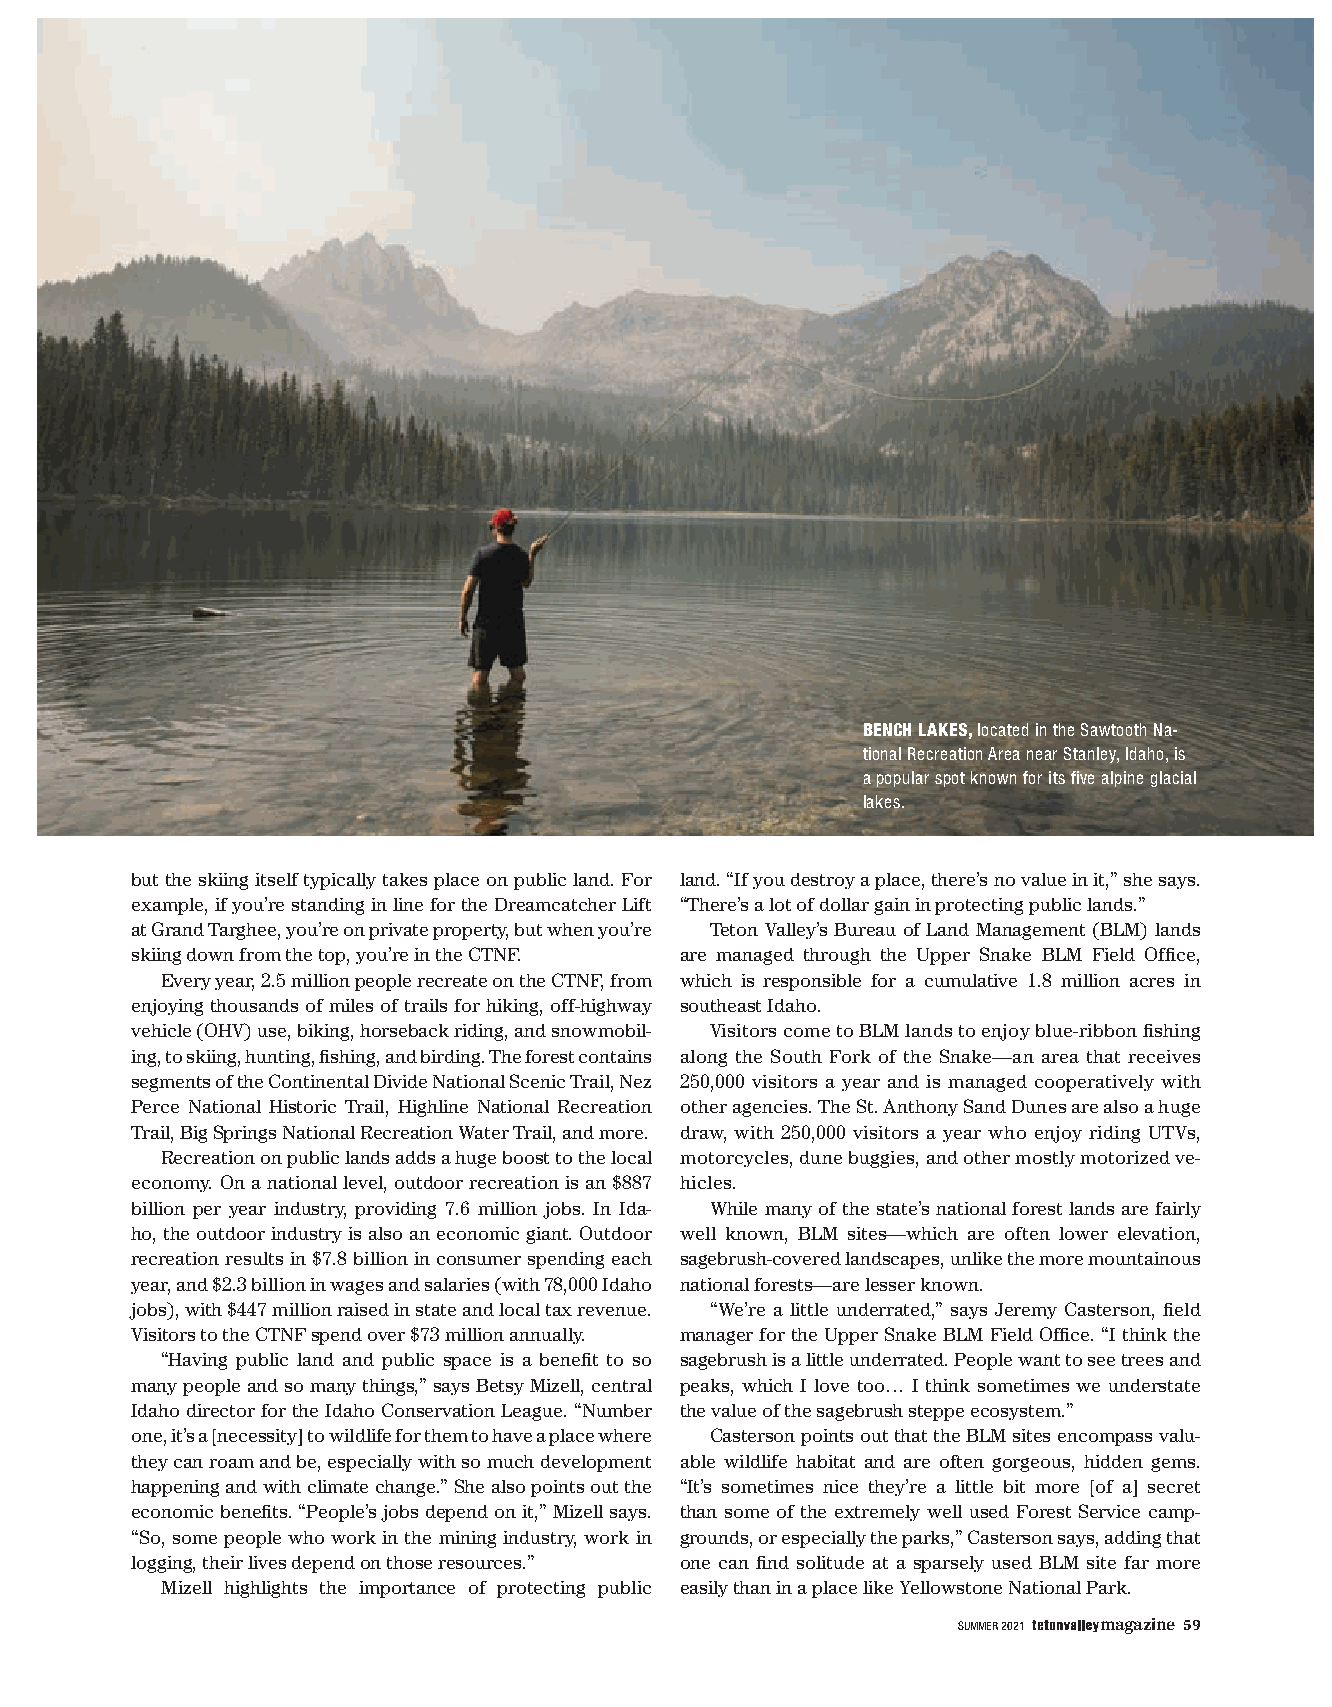
BENCH LAKES, located in the Sawtooth Na-
 tional Recreation Area near Stanley, Idaho, is
 a popular spot known for its five alpine glacial
 lakes.
 but the skiing itself typically takes place on public land. For land. “If you destroy a place, there’s no value in it,” she says.
 example, if you’re standing in line for the Dreamcatcher Lift “There’s a lot of dollar gain in protecting public lands.”
 at Grand Targhee, you’re on private property, but when you’re Teton Valley’s Bureau of Land Management (BLM) lands
 skiing down from the top, you’re in the CTNF. are managed through the Upper Snake BLM Field Office,
 Every year, 2.5 million people recreate on the CTNF, from which is responsible for a cumulative 1.8 million acres in
 enjoying thousands of miles of trails for hiking, off-highway southeast Idaho.
 vehicle (OHV) use, biking, horseback riding, and snowmobil- Visitors come to BLM lands to enjoy blue-ribbon fishing
 ing, to skiing, hunting, fishing, and birding. The forest contains along the South Fork of the Snake—an area that receives
 segments of the Continental Divide National Scenic Trail, Nez 250,000 visitors a year and is managed cooperatively with
 Perce National Historic Trail, Highline National Recreation other agencies. The St. Anthony Sand Dunes are also a huge
 Trail, Big Springs National Recreation Water Trail, and more. draw, with 250,000 visitors a year who enjoy riding UTVs,
 Recreation on public lands adds a huge boost to the local motorcycles, dune buggies, and other mostly motorized ve-
 economy. On a national level, outdoor recreation is an $887 hicles.
 billion per year industry, providing 7.6 million jobs. In Ida- While many of the state’s national forest lands are fairly
 ho, the outdoor industry is also an economic giant. Outdoor well known, BLM sites—which are often lower elevation,
 recreation results in $7.8 billion in consumer spending each sagebrush-covered landscapes, unlike the more mountainous
 year, and $2.3 billion in wages and salaries (with 78,000 Idaho national forests—are lesser known.
 jobs), with $447 million raised in state and local tax revenue. “We’re a little underrated,” says Jeremy Casterson, field
 Visitors to the CTNF spend over $73 million annually. manager for the Upper Snake BLM Field Office. “I think the
 “Having public land and public space is a benefit to so sagebrush is a little underrated. People want to see trees and
 many people and so many things,” says Betsy Mizell, central peaks, which I love too… I think sometimes we understate
 Idaho director for the Idaho Conservation League. “Number the value of the sagebrush steppe ecosystem.”
 one, it’s a [necessity] to wildlife for them to have a place where Casterson points out that the BLM sites encompass valu-
 they can roam and be, especially with so much development able wildlife habitat and are often gorgeous, hidden gems.
 happening and with climate change.” She also points out the “It’s sometimes nice they’re a little bit more [of a] secret
 economic benefits. “People’s jobs depend on it,” Mizell says. than some of the extremely well used Forest Service camp-
 “So, some people who work in the mining industry, work in grounds, or especially the parks,” Casterson says, adding that
 logging, their lives depend on those resources.” one can find solitude at a sparsely used BLM site far more
 Mizell highlights the importance of protecting public easily than in a place like Yellowstone National Park.
 SUMMER 2021 magazine 59